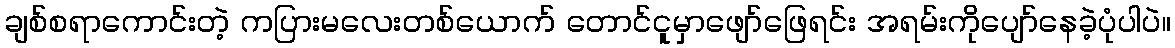
ချစ်စရာကောင်းတဲ့ ကပြားမလေးတစ်ယောက် တောင်ငူမှာဖျော်ဖြေရင်း အရမ်းကိုပျော်နေခဲ့ပုံပါပဲ။